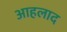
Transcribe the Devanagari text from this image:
आहलाद